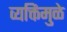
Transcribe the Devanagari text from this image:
व्यक्तिंमुळे